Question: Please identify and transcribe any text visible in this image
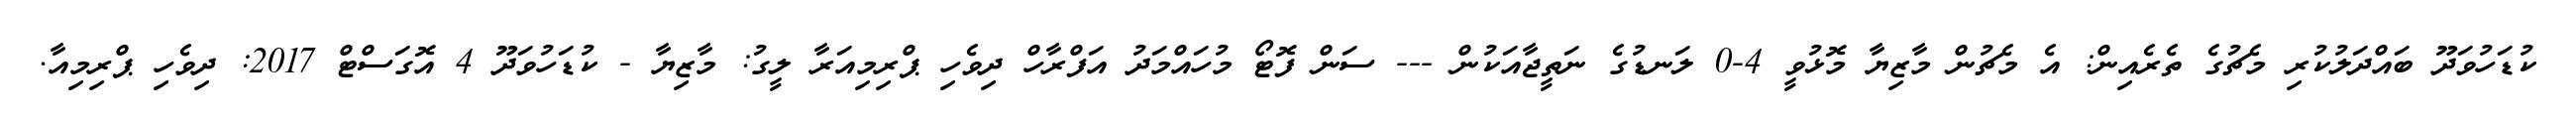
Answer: ކުޑަހުވަދޫ ބައްދަލުކުރި މެޗުގެ ތެރެއިން: އެ މެޗުން މާޒިޔާ މޮޅުވީ 4-0 ލަނޑުގެ ނަތީޖާއަކުން --- ސަން ފޮޓޯ މުހައްމަދު އަފްރާހް ދިވެހި ޕްރިމިއަރާ ލީގު: މާޒިޔާ - ކުޑަހުވަދޫ 4 އޮގަސްޓް 2017: ދިވެހި ޕްރިމިއާ.